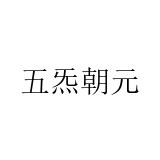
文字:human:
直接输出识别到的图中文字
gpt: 五炁朝元